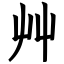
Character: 艸